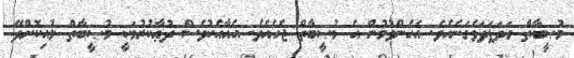
މުޞީބާތް ގަދަފަދަވެގަނެއެވެ. އެހެންވުމުން އެ މުޞީބާތް ޖެހެއެވެ. އެއާއެކުވެސް ދުޢާކުރުމަކީ މުޞީބާތް ލުއިކޮށްދޭ